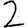
Digit: 2